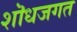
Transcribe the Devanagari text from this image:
शॊधजगत